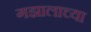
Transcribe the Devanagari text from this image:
गझालाच्या